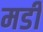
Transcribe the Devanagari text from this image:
मडी